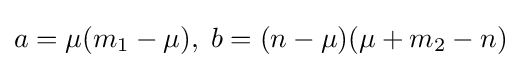
a=\mu (m_{1}-\mu ),\;b=(n-\mu )(\mu +m_{2}-n)